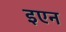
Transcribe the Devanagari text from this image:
इएन